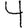
Digit: 4